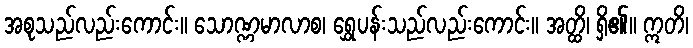
အစုသည်လည်းကောင်း။ သောဏ္ဏမာလာစ၊ ရွှေပန်းသည်လည်းကောင်း။ အတ္ထိ၊ ရှိ၏။ ဣတိ၊